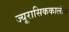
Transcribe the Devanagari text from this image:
ज्यूरासिककालीन